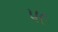
૫૯